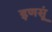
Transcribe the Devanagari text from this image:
इणसूं